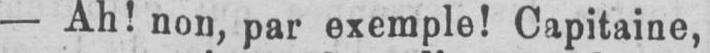
- Ah! non, par exemple! Capitaine,